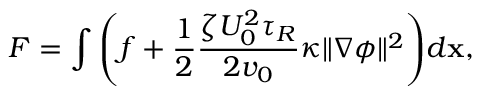
F = \int { \mathopen { } \mathclose \bgroup \mathopen { } \mathclose \bgroup \mathopen { } \mathclose \bgroup \mathopen { } \mathclose \bgroup \mathopen { } \mathclose \bgroup \mathopen { } \mathclose \bgroup \mathopen { } \mathclose \bgroup \mathopen { } \mathclose \bgroup \mathopen { } \mathclose \bgroup \mathopen { } \mathclose \bgroup \left( f + \frac { 1 } { 2 } \frac { \zeta U _ { 0 } ^ { 2 } \tau _ { R } } { 2 v _ { 0 } } \kappa \| \nabla \phi \| ^ { 2 } \aftergroup \egroup \aftergroup \egroup \aftergroup \egroup \aftergroup \egroup \aftergroup \egroup \aftergroup \egroup \aftergroup \egroup \aftergroup \egroup \aftergroup \egroup \aftergroup \egroup \right) d \mathbf { x } } ,